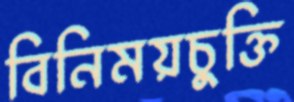
বিনিময়চুক্তি